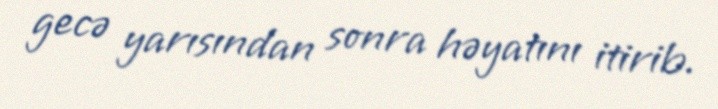
gecə yarısından sonra həyatını itirib.